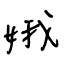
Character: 娥